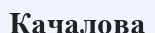
Качалова